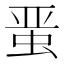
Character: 𰲸